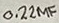
Text: 0.22µF